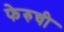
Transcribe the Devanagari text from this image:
फेरुची